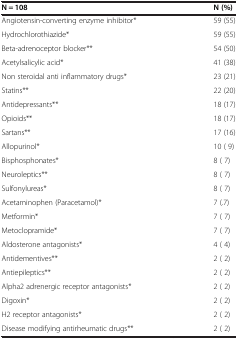
| N = 108 | N (%) |
 | --- | --- |
 | Angiotensin-converting enzyme inhibitor* | 59 (55) |
 | Hydrochlorothiazide* | 59 (55) |
 | Beta-adrenoceptor blocker** | 54 (50) |
 | Acetylsalicylic acid* | 41 (38) |
 | Non steroidal anti inflammatory drugs* | 23 (21) |
 | Statins** | 22 (20) |
 | Antidepressants** | 18 (17) |
 | Opioids** | 18 (17) |
 | Sartans** | 17 (16) |
 | Allopurinol* | 10 ( 9) |
 | Bisphosphonates* | 8 ( 7) |
 | Neuroleptics** | 8 ( 7) |
 | Sulfonylureas* | 8 ( 7) |
 | Acetaminophen (Paracetamol)* | 7 (.7) |
 | Metformin* | 7 ( 7) |
 | Metoclopramide* | 7 ( 7) |
 | Aldosterone antagonists* | 4 ( 4) |
 | Antidementives** | 2 ( 2) |
 | Antiepileptics** | 2 ( 2) |
 | Alpha2 adrenergic receptor antagonists* | 2 ( 2) |
 | Digoxin* | 2 ( 2) |
 | H2 receptor antagonists* | 2 ( 2) |
 | Disease modifying antirheumatic drugs** | 2 ( 2) |